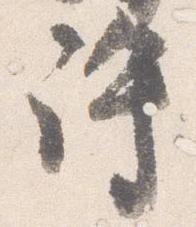
許